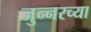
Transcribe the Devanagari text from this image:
जुन्‍नरच्या